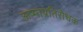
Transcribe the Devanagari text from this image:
ऊष्माप्रतिरोधक